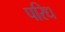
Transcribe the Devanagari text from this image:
परिध